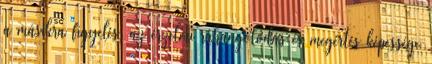
a másikra figyelés, az érzelmi ráhangolódás és megértés képessége